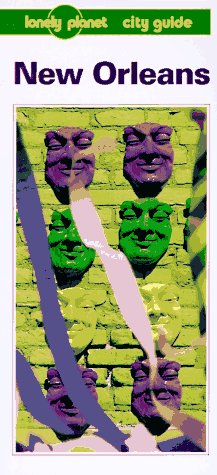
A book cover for Lonely Planet New Orleans (Lonely Planet City Guides); Robert Raburn; Travel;